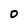
Character: 0